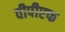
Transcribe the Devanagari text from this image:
वीपीएफ